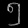
Digit: ၅